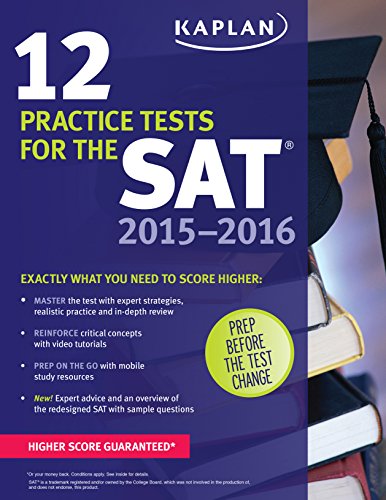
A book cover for Kaplan 12 Practice Tests for the SAT 2015-2016 (Kaplan Test Prep); Kaplan; Test Preparation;